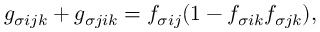
g _ { \sigma i j k } + g _ { \sigma j i k } = f _ { \sigma i j } ( 1 - f _ { \sigma i k } f _ { \sigma j k } ) ,